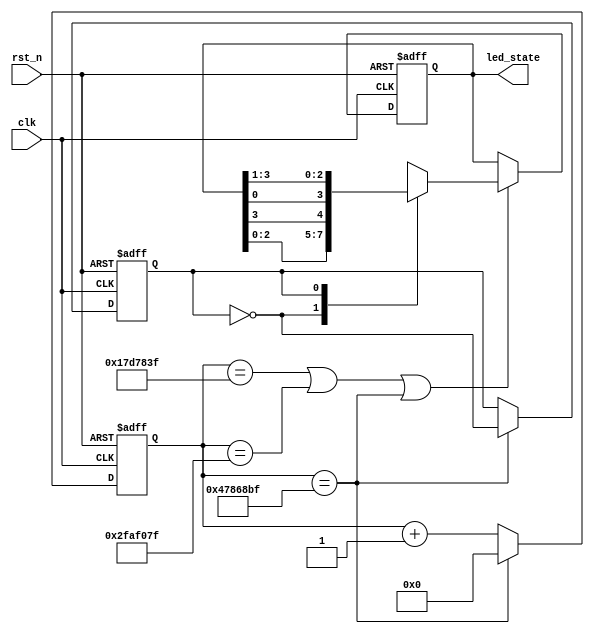
module Water_Lamp_Extension 
#(
	parameter max1 = 32'd24_999_999,
	parameter max2 = 32'd49_999_999,
	parameter max3 = 32'd74_999_999
)
(
	input clk,
	input rst_n,
	output reg [3:0] led_state
);

	reg [31:0] temp;
	always@(posedge clk or negedge rst_n) begin
		if(!rst_n) begin
			temp <= 32'd0;
		end else if(temp == max3) begin
			temp <= 32'd0;
		end else begin
			temp <= temp + 32'd1;
		end
	end

	reg flag;
	always @(posedge clk or negedge rst_n) begin
		if(~rst_n) begin
			flag <= 1'd0;
		end else if(temp == max3) begin
			flag <= ~flag;
		end else begin
			flag <= flag;
		end
	end

	always @(posedge clk or negedge rst_n) begin
		if(~rst_n) begin
			led_state <= 4'b1110;
		end else if(temp == max1 || temp == max2 || temp == max3) begin
			case(flag) 
				1'd0: led_state <= {{led_state[2:0]},{led_state[3]}};
				1'd1: led_state <= {{led_state[0]},{led_state[3:1]}};
			endcase
		end else begin
			led_state <= led_state;
		end
	end

	

endmodule